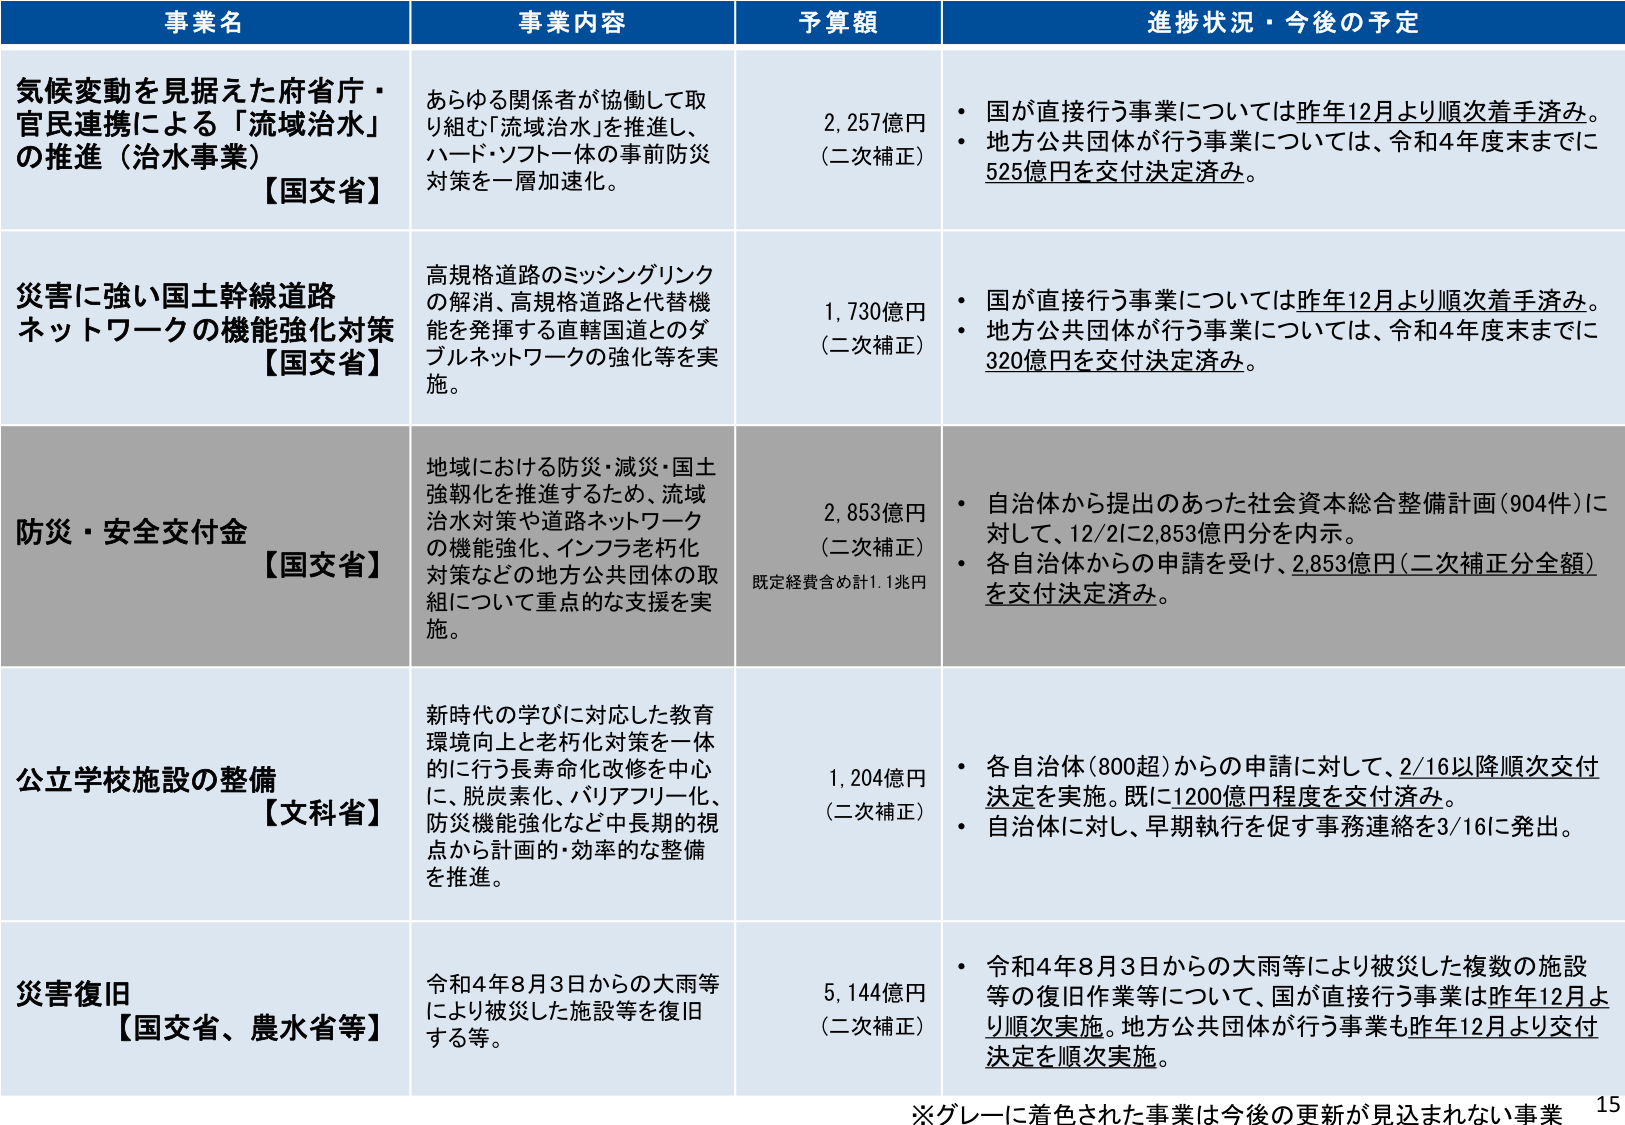
事業名 事業内容 予算額 進捗状況・今後の予定
気候変動を見据えた府省庁・官民連携による「流域治水」の推進（治水事業）【国交省】 あらゆる関係者が協働して取り組む「流域治水」を推進し、ハード・ソフト一体の事前防災対策を一層加速化。 2,257億円（二次補正） ・国が直接行う事業については昨年12月より順次着手済み。・地方公共団体が行う事業については、令和4年度末までに525億円を交付決定済み。
災害に強い国土幹線道路ネットワークの機能強化対策【国交省】 高規格道路のミッシングリンクの解消、高規格道路と代替機能を発揮する直轄国道とのダブルネットワークの強化等を実施。 1,730億円（二次補正） ・国が直接行う事業については昨年12月より順次着手済み。・地方公共団体が行う事業については、令和4年度末までに320億円を交付決定済み。
防災・安全交付金【国交省】 地域における防災・減災・国土強靭化を推進するため、流域治水対策や道路ネットワークの機能強化、インフラ老朽化対策などの地方公共団体の取組について重点的な支援を実施。 2,853億円（二次補正）既定経費含め計1.1兆円 ・自治体から提出のあった社会資本総合整備計画（904件）に対して、12/2に2,853億円分を内示。・各自治体からの申請を受け、2,853億円（二次補正分全額）を交付決定済み。
公立学校施設の整備【文科省】 新時代の学びに対応した教育環境向上と老朽化対策を一体に行う長寿命化改修を中心に、脱炭素化、バリアフリー化、防災機能強化など中長期的視点から計画的・効率的な整備を推進。 1,204億円（二次補正） ・各自治体（800超）からの申請に対して、2/16以降順次交付決定を実施。既に1200億円程度を交付済み。・自治体に対し、早期執行を促す事務連絡を3/16に発出。
災害復旧【国交省、農水省等】 令和4年8月3日からの大雨等により被災した施設等を復旧する等。 5,144億円（二次補正） ・令和4年8月3日からの大雨等により被災した複数の施設等の復旧作業について、国が直接行う事業は昨年12月より順次実施。地方公共団体が行う事業も昨年12月より交付決定を順次実施。
※グレーに着色された事業は今後の更新が見込まれない事業 15